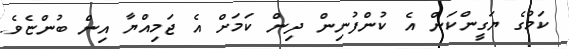
ކަމުގެ ޔަގީންކަން އެ ކުންފުނިން ދިން ކަމަށް އެ ޖަމިއްޔާ އިން ބުންޏެވެ.